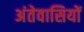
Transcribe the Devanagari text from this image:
अंतेवासियों